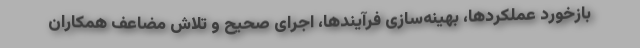
بازخورد عملکردها، بهینه‌سازی فرآیندها، اجرای صحیح و تلاش مضاعف همکاران